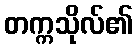
တက္ကသိုလ်၏